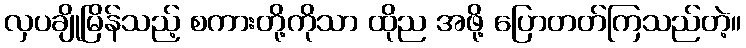
လှပချိုမြိန်သည့် စကားတို့ကိုသာ ထိုည အဖို့ ပြောတတ်ကြသည်တဲ့။